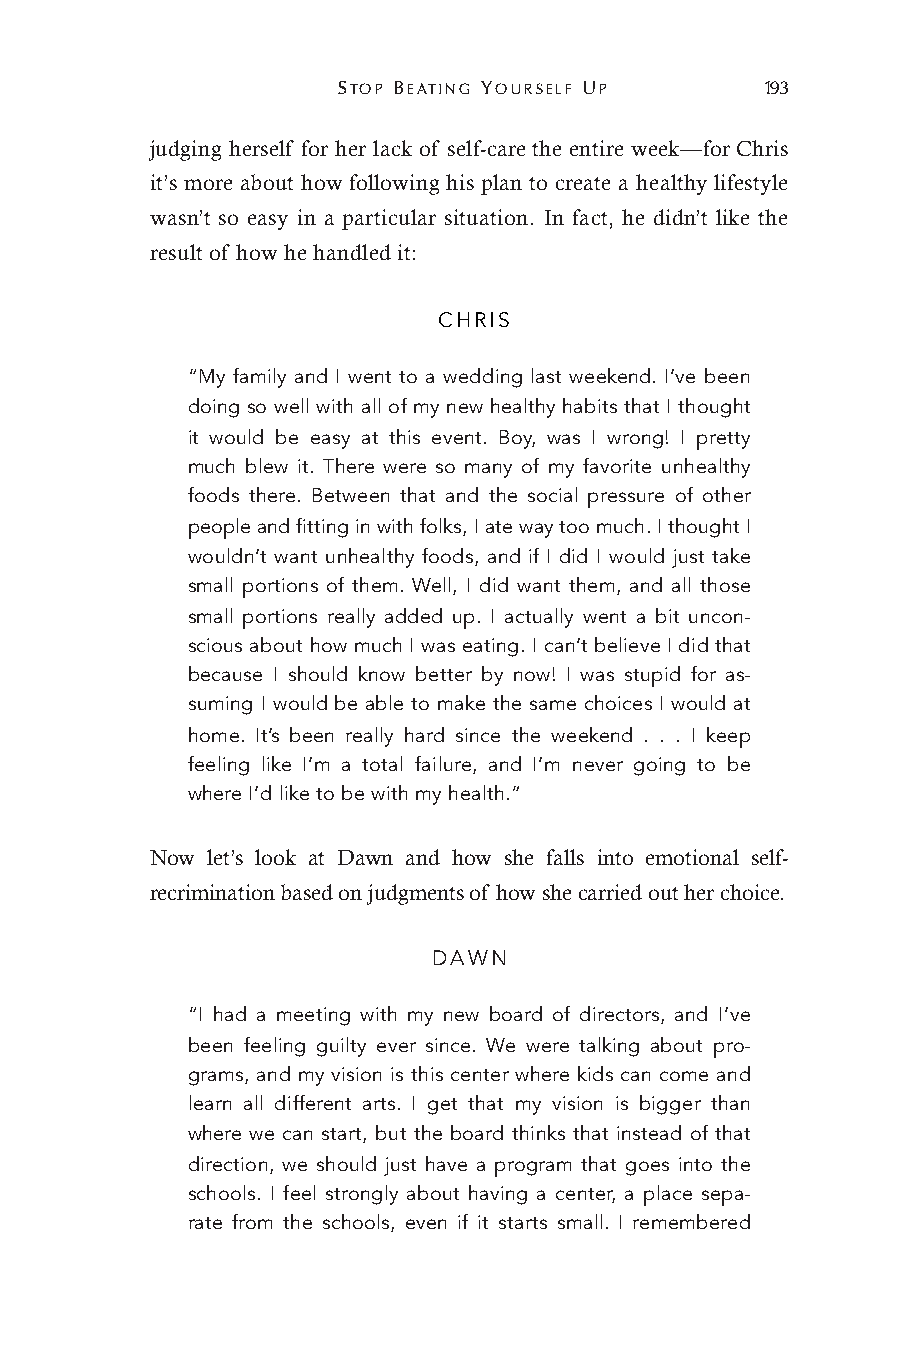
STOP BEATING YOURSELF UP     193
 judging herself for her lack of self-care the entire week—for Chris
 it’s more about how following his plan to create a healthy lifestyle
 wasn’t so easy in a particular situation. In fact, he didn’t like the
 result of how he handled it:
 CHRIS
 “My family and I went to a wedding last weekend. I’ve been
 doing so well with all of my new healthy habits that I thought
 it would be easy at this event. Boy, was I wrong! I pretty
 much blew it. There were so many of my favorite unhealthy
 foods there. Between that and the social pressure of other
 people and fitting in with folks, I ate way too much. I thought I
 wouldn’t want unhealthy foods, and if I did I would just take
 small portions of them. Well, I did want them, and all those
 small portions really added up. I actually went a bit uncon-
 scious about how much I was eating. I can’t believe I did that
 because I should know better by now! I was stupid for as-
 suming I would be able to make the same choices I would at
 home. It’s been really hard since the weekend . . . I keep
 feeling like I’m a total failure, and I’m never going to be
 where I’d like to be with my health.”
 Now let’s look at Dawn and how she falls into emotional self-
 recrimination based on judgments of how she carried out her choice.
 DAWN
 “I had a meeting with my new board of directors, and I’ve
 been feeling guilty ever since. We were talking about pro-
 grams, and my vision is this center where kids can come and
 learn all different arts. I get that my vision is bigger than
 where we can start, but the board thinks that instead of that
 direction, we should just have a program that goes into the
 schools. I feel strongly about having a center, a place sepa-
 rate from the schools, even if it starts small. I remembered